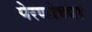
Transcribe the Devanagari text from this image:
पेरणीच्या